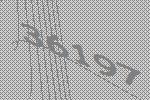
36197